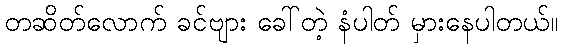
တဆိတ်လောက် ခင်ဗျား ခေါ်တဲ့ နံပါတ် မှားနေပါတယ်။